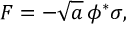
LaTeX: { \cal F } = - \sqrt { a } \, \phi ^ { * } \sigma ,